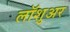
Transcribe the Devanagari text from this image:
लॉशुअर